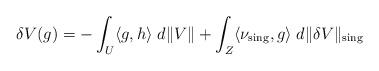
LaTeX: \begin{align*} \delta V(g) = - \int_{U} \langle g, h\rangle \; d\|V\| + \int_Z \langle \nu_{\rm sing}, g \rangle \; d\|\delta V\|_{\rm sing} \end{align*}